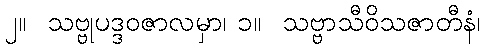
၂။  သဗ္ဗုပဒ္ဒဝဇာလမှာ၊ ၁။  သဗ္ဗာသီဝိသဇာတီနံ၊